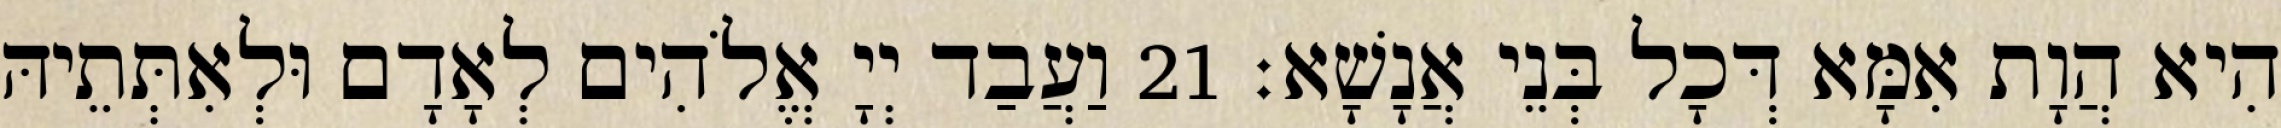
הִיא הֲוָת אִמָּא דְּכָל בְּנֵי אֲנָשָׁא׃ 21 וַעֲבַד יְיָ אֱלֹהִים לְאָדָם וּלְאִתְּתֵיהּ